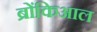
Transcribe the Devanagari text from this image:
ब्रोंकिआल